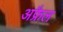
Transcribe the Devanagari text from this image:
अफ्रैल